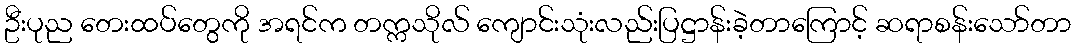
ဦးပုည တေးထပ်တွေကို အရင်က တက္ကသိုလ် ကျောင်းသုံးလည်းပြဋ္ဌာန်းခဲ့တာကြောင့် ဆရာစန်းသော်တာ